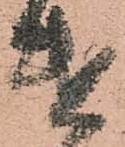
遣